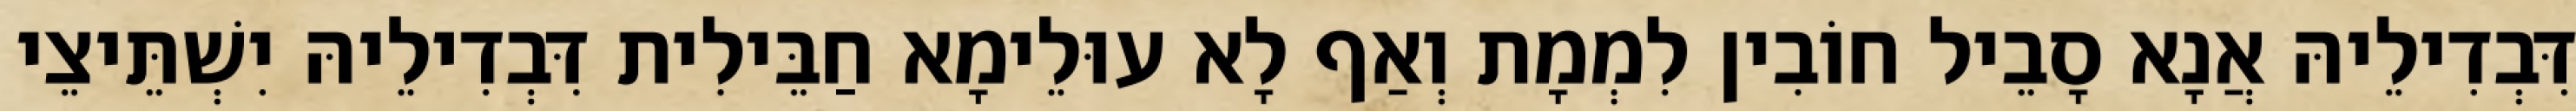
דִּבְדִילֵיהּ אֲנָא סָבֵיל חוֹבִין לִמְמָת וְאַף לָא עוּלֵימָא חַבֵּילִית דִּבְדִילֵיהּ יִשְׁתֵּיצֵי